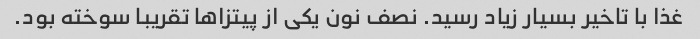
غذا با تاخیر بسیار زیاد رسید. نصف نون یکی از پیتزاها تقریبا سوخته بود.